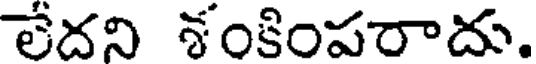
లేదని శంకింపరాదు.